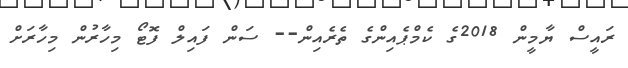
ރައީސް ޔާމީން 2018ގެ ކެމްޕެއިންގެ ތެރެއިން-- ސަން ފައިލް ފޮޓޯ މިހާރުން މިހާރަށް